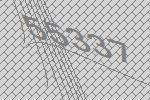
55337